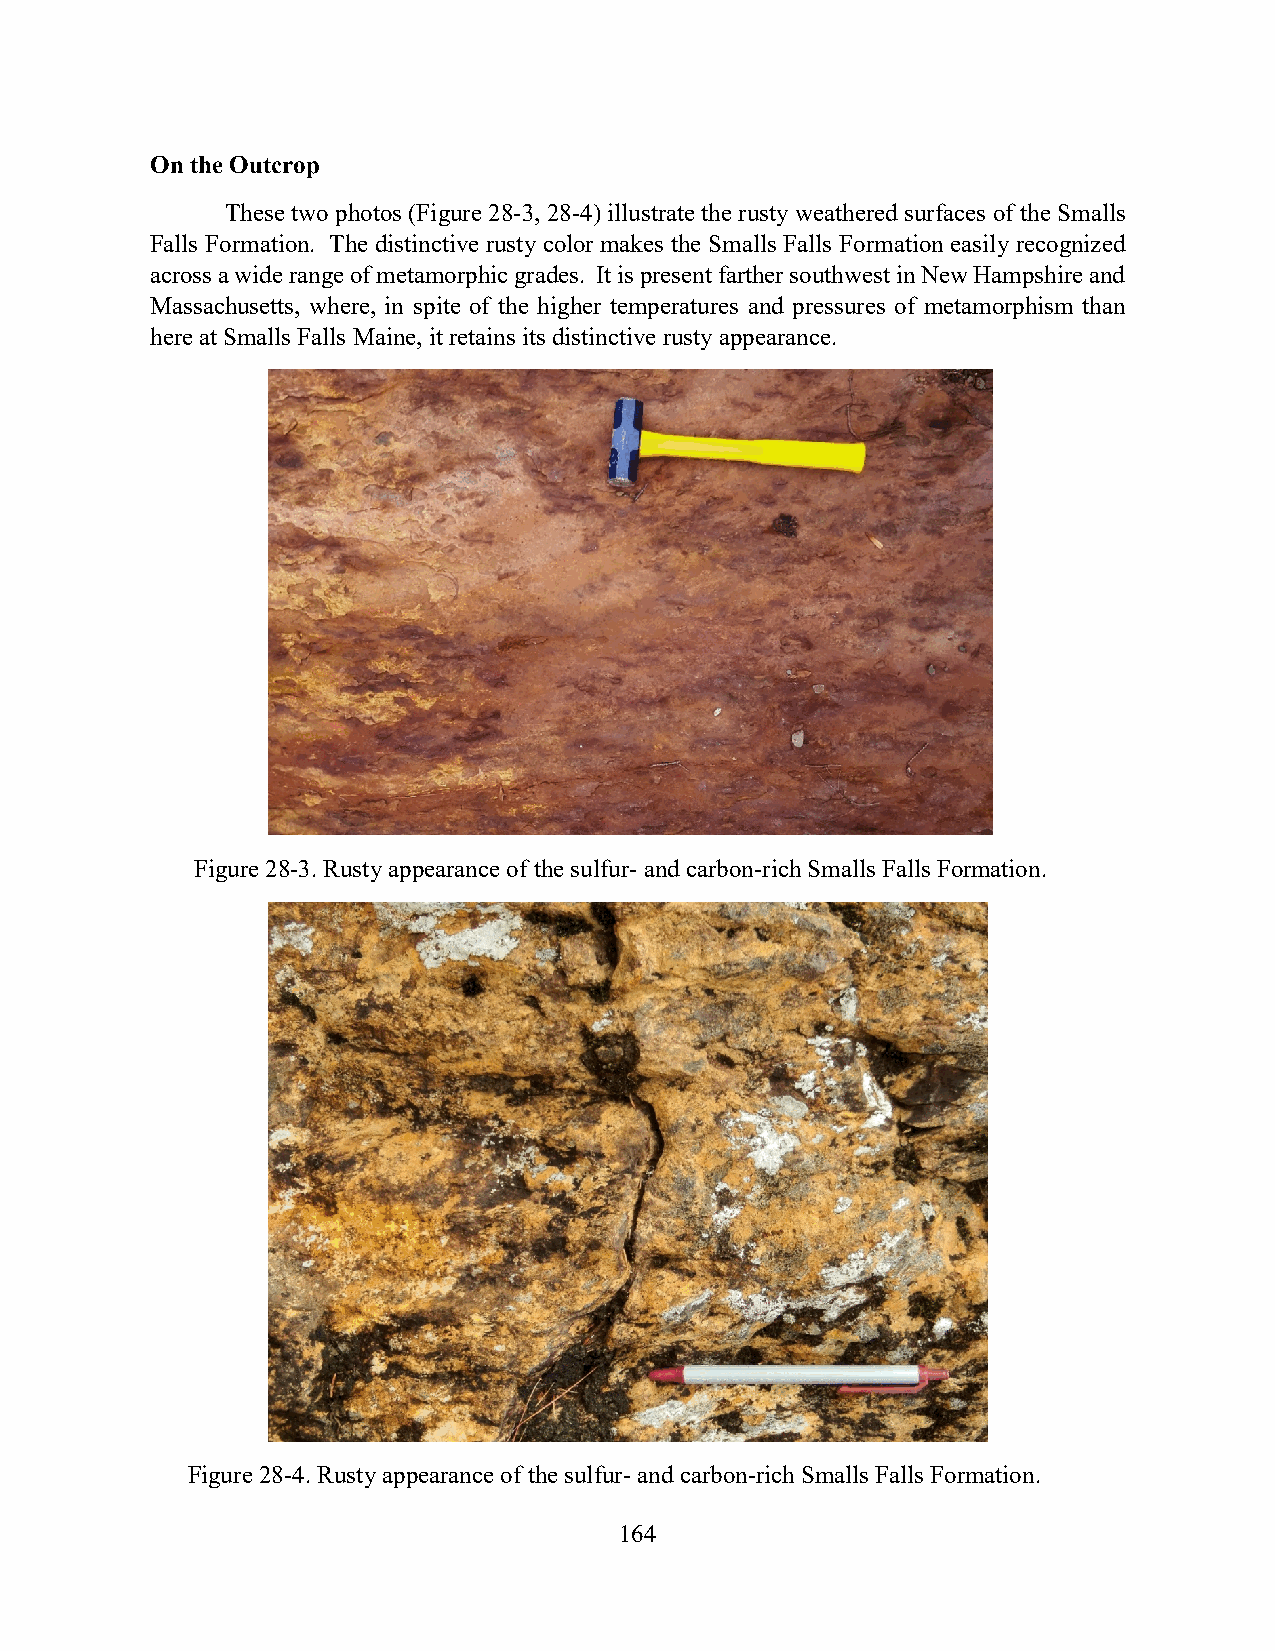
On the Outcrop
 These two photos (Figure 28-3, 28-4) illustrate the rusty weathered surfaces of the Smalls
 Falls Formation. The distinctive rusty color makes the Smalls Falls Formation easily recognized
 across a wide range of metamorphic grades. It is present farther southwest in New Hampshire and
 Massachusetts, where, in spite of the higher temperatures and pressures of metamorphism than
 here at Smalls Falls Maine, it retains its distinctive rusty appearance.
 Figure 28-3. Rusty appearance of the sulfur- and carbon-rich Smalls Falls Formation.
 Figure 28-4. Rusty appearance of the sulfur- and carbon-rich Smalls Falls Formation.
 164